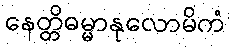
နေတ္တိဓမ္မာနုလောမိကံ